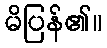
မိပြန်၏။